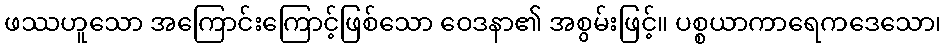
ဖဿဟူသော အကြောင်းကြောင့်ဖြစ်သော ဝေဒနာ၏ အစွမ်းဖြင့်။ ပစ္စယာကာရေကဒေသော၊